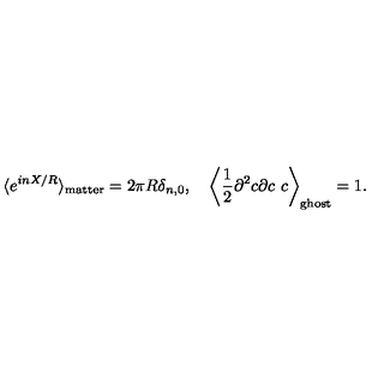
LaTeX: \langle e ^ { i n X / R } \rangle _ { \mathrm { m a t t e r } } = 2 \pi R \delta _ { n , 0 } , \quad \left\langle \frac { 1 } { 2 } \partial ^ { 2 } c \partial c \ c \right\rangle _ { \mathrm { g h o s t } } = 1 .